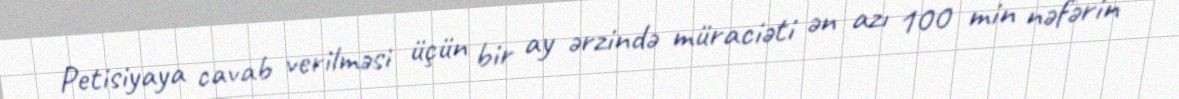
Petisiyaya cavab verilməsi üçün bir ay ərzində müraciəti ən azı 100 min nəfərin